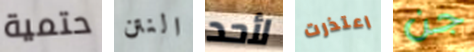
حتمية النتن لأحد اعتذرت جن